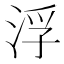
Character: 浮